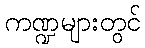
ကဏ္ဍများတွင်